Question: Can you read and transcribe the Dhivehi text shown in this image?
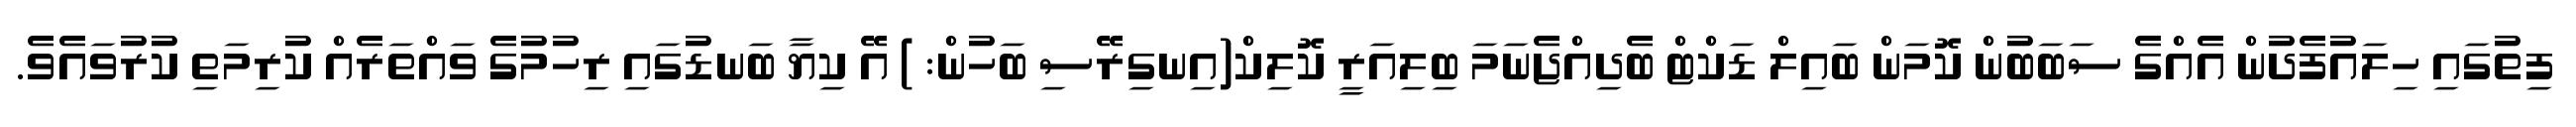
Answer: ފިތުގައި ހިލައުފެދުން އެއްގެ ސަބަބުން ކޮމަން ބައިލް ޑަކްޓް ބެދިއްޖެނަމަ ބިލިއަރީ ކޮލިކް(އިނގިރޭސި ބަހުން: ) އޭ ކިޔާ ބަނޑުގައި ރިހުމުގެ ވައްތަރެއް ކުރިމަތި ކުރުވައެވެ.